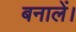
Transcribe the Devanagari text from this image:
बनालें।